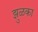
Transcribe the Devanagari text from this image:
झुळका